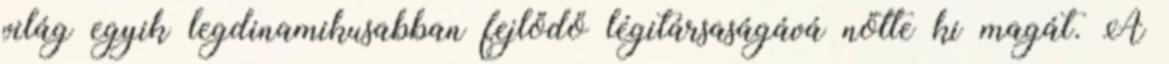
világ egyik legdinamikusabban fejlődő légitársaságává nőtte ki magát. A